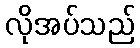
လိုအပ်သည်